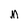
Character: M